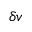
\delta v